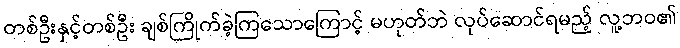
တစ်ဦးနှင့်တစ်ဦး ချစ်ကြိုက်ခဲ့ကြသောကြောင့် မဟုတ်ဘဲ လုပ်ဆောင်ရမည့် လူ့ဘဝ၏